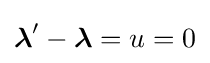
{\boldsymbol {\lambda }}'-{\boldsymbol {\lambda }}=u=0